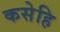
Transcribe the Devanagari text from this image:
कसेहि